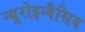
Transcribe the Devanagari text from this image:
न्यूरोइन्वैसिव